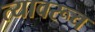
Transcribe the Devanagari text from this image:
त्यावरूच